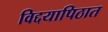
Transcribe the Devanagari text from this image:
विद्दयापिठात